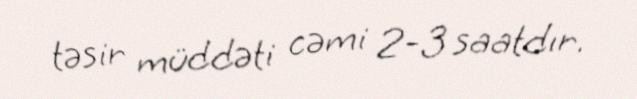
təsir müddəti cəmi 2-3 saatdır.